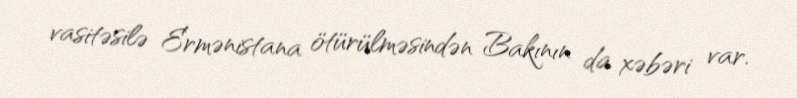
vasitəsilə Ermənistana ötürülməsindən Bakının da xəbəri var.